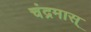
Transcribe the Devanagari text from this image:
चंद्रमास्